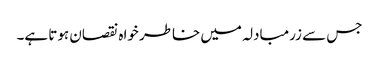
جس سے زرمبادلہ میں خاطر خواہ نقصان ہوتا ہے۔